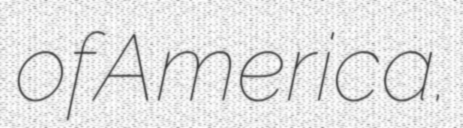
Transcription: of America.